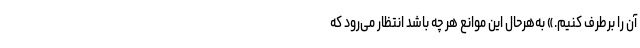
آن را برطرف کنیم.» به‌هرحال این موانع هر چه باشد انتظار می‌رود که